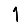
Digit: 1